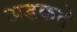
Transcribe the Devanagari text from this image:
अडकते